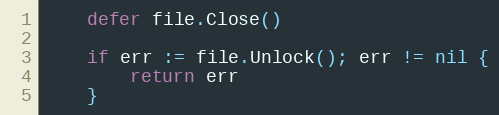
Language: Go
	defer file.Close()

	if err := file.Unlock(); err != nil {
		return err
	}